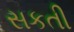
સકતી